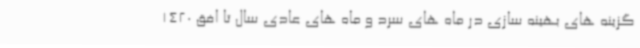
گزینه های بهینه سازی در ماه های سرد و ماه های عادی سال تا افق 1420